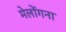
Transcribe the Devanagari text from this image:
मेलोंगना